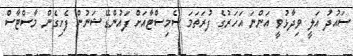
ސައުދު އަލީ ވިދާޅުވީ އަންނަ އަހަރުގެ ފުރަތަމަ ސެމިސްޓާއަށް ފައުންޑޭޝަނުން ފެށިގެން މާސްޓާސް